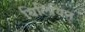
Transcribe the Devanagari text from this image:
बिलियिन